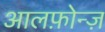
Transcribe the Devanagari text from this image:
आलफ़ोन्ज़